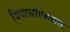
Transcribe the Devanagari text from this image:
थियासॉफिकल